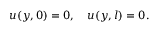
u ( y , 0 ) = 0 , \quad u ( y , l ) = 0 .